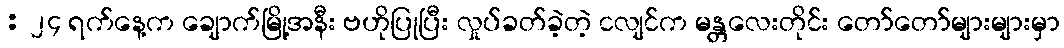
: ၂၄ ရက်နေ့က ချောက်မြို့အနီး ဗဟိုပြုပြီး လှုပ်ခတ်ခဲ့တဲ့ ငလျင်က မန္တလေးတိုင်း တော်တော်များများမှာ